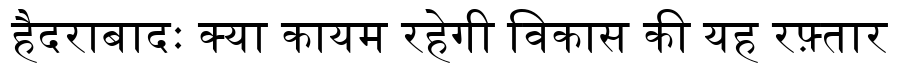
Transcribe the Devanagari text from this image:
हैदराबादः क्या कायम रहेगी विकास की यह रफ़्तार